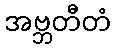
အဗ္ဘတီတံ